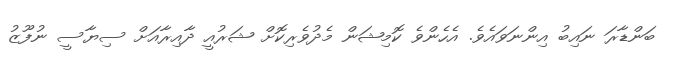
ބަންޑާރަ ނައިބު އިންނަވައެވެ. އެހެންވެ ކޮމިޝަން މެދުވެރިކޮށް ޝަރުއީ ދާއިރާއަށް ސިޔާސީ ނުފޫޒު